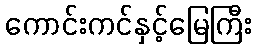
ကောင်းကင်နှင့်မြေကြီး